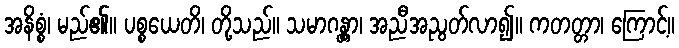
အနိစ္စံ၊ မည်၏။ ပစ္စယေတိ၊ တို့သည်။ သမာဂန္တွာ၊ အညီအညွတ်လာ၍။ ကတတ္တာ၊ ကြောင့်။